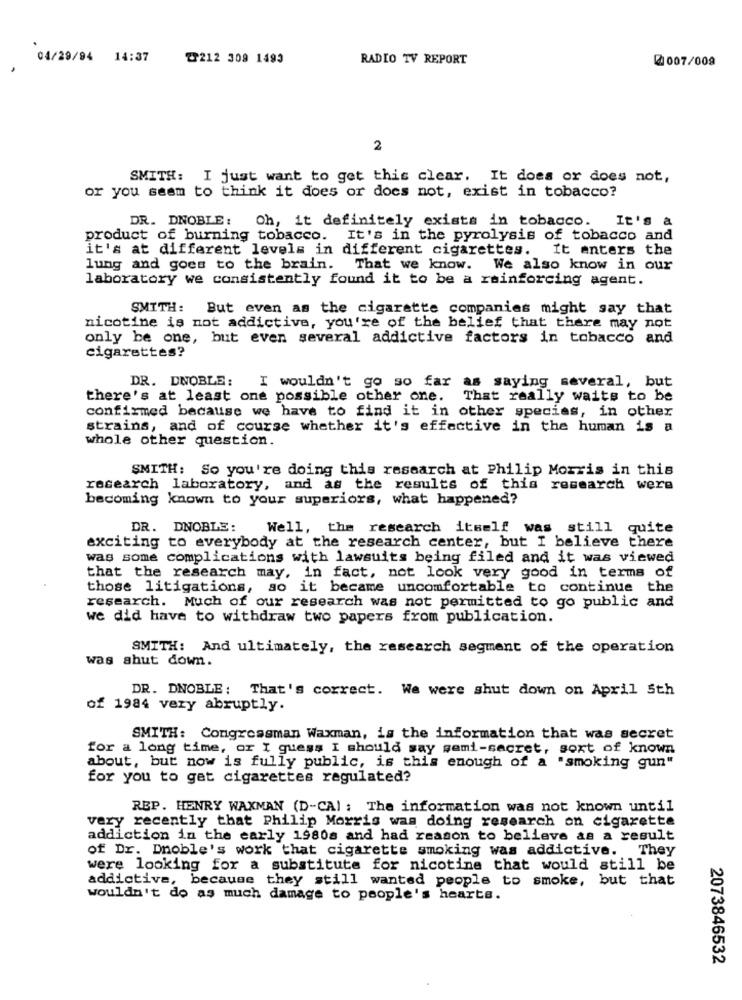
04/29/94 14:37
2212 309 1493
RADIO TV REPORT
@007/009
2
SMITH: I just want to get this clear. It does or does not,
or you seem to think it does or does not, exist in tobacco?
DR. DNOBLE:
Oh, it definitely exists in tobacco.
It's a
product of burning tobacco. It's in the pyrolysis of tobacco and
it's at different levels in different cigarettes.
It enters the
lung and goes to the brain. That we know. We also know in our
laboratory we consistently found it to be a reinforcing agent.
SMITH: But even as the cigarette companies might say that
nicotine is not addictive, you're of the belief that there may not
only be one, but even several addictive factors in tobacco and
cigarettes?
DR. DNOBLE:
I wouldn't go so far as saying several, but
there's at least one possible other one. That really waits to be
confirmed because we have to find it in other species, in other
strains, and of course whether it's effective in the human is a
whole other question.
SMITH: So you're doing this research at Philip Morris in this
research laboratory, and as the results of this research were
becoming known to your superiors, what happened?
DR. DNOBLE:
Well, the research itself was still quite
exciting to everybody at the research center, but I believe there
was some complications with lawsuits being filed and it was viewed
that the research may, in fact, not look very good in terms of
those litigations, so it became uncomfortable to continue the
research. Much of our research was not permitted to go public and
we did have to withdraw two papers from publication.
SMITH: And ultimately, the research segment of the operation
was shut down.
DR. DNOBLE: That's correct. We were shut down on April 5th
of 1984 very abruptly.
SMITH: Congressman Waxman, is the information that was secret
for a long time, or I guess I should say semi-secret, sort of known
about, but now is fully public, is this enough of a "smoking gun"
for you to get cigarettes regulated?
REP. HENRY WAXMAN (D-CA) : The information was not known until
very recently that Philip Morris was doing research on cigarette
addiction in the early 1980s and had reason to believe as a result
of Dr. Dnoble's work that cigarette smoking was addictive. They
were looking for a substitute for nicotine that would still be
addictive, because they still wanted people to smoke, but that
wouldn't do as much damage to people's hearts.
2073846532